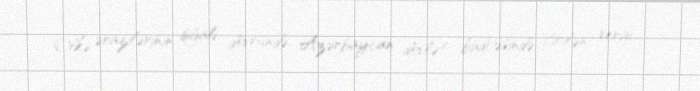
Ölkə ərazilərinin işğalı dövründə Azərbaycan dövlət büdcəsində itirilən vergi